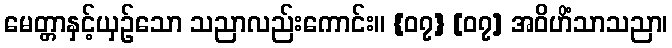
မေတ္တာနှင့်ယှဉ်သော သညာလည်းကောင်း။ {၀၇} [၀၇] အဝိဟိံသာသညာ၊